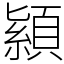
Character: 顈